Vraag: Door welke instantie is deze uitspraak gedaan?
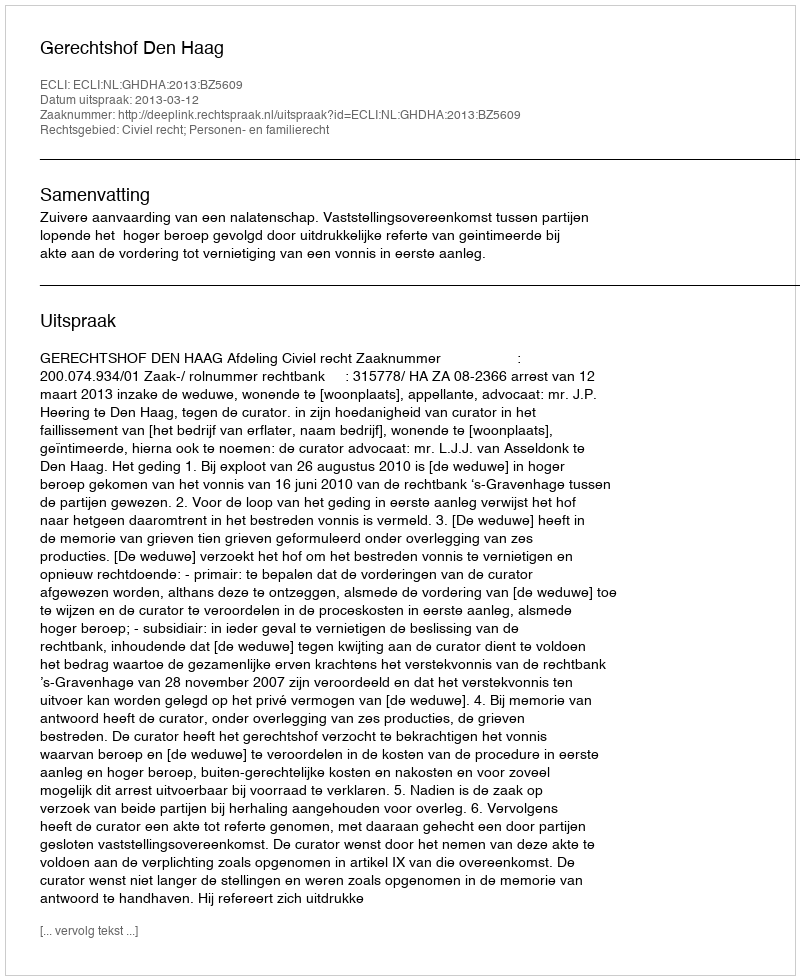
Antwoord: Gerechtshof Den Haag